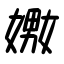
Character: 嫐